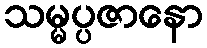
သမ္မပ္ပဇာနော